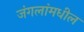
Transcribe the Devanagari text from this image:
जंगलांमधील